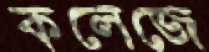
কলেজে